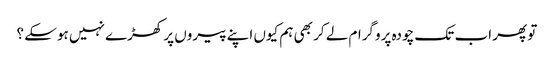
تو پھر اب تک چودہ پروگرام لے کر بھی ہم کیوں اپنے پیروں پر کھڑے نہیں ہوسکے ؟